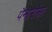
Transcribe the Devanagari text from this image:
पैनारोमा